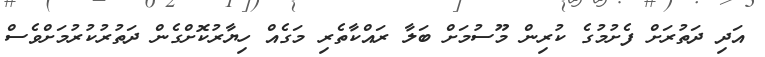
އަދި ދަތުރަށް ފެށުމުގެ ކުރިން މޫސުމަށް ބަލާ ރައްކާތެރި މަގެއް ހިޔާރުކޮށްގެން ދަތުރުކުރުމަށްވެސް